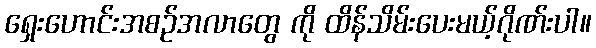
ရှေးဟောင်းအစဉ်အလာတွေ ကို ထိန်သိမ်းပေးမယ့်ဂိုဏ်းပါ။